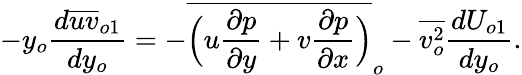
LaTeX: -y_{o}\frac{d\overline{{uv}}_{o1}}{dy_{o}}=-\overline{{\Big(u\frac{\partial p}{\partial y}+v\frac{\partial p}{\partial x}\Big)}}_{o}-\overline{{v_{o}^{2}}}\frac{dU_{o1}}{dy_{o}}.